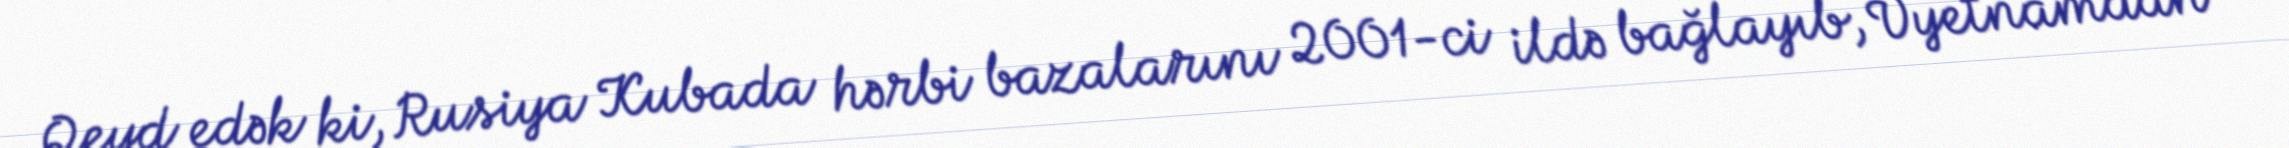
Qeyd edək ki, Rusiya Kubada hərbi bazalarını 2001-ci ildə bağlayıb, Vyetnamdan